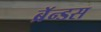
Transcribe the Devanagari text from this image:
ब्रॅन्डस